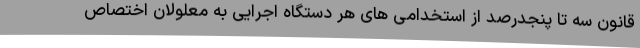
قانون سه تا پنجدرصد از استخدامی های هر دستگاه اجرایی به معلولان اختصاص